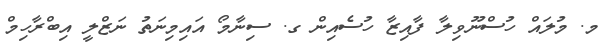
މ. މުލައް ހުސްނޫވިލާ ފާއިޒާ ހުސެއިން ގ. ސިނާމޯ އައިމިނަތު ނަޒްލީ އިބްރާހިމް